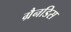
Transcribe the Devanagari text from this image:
ग्रैनडिस